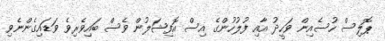
ޕޮލިސް ހުސެއިން ވަހީދު އާއި ފުލުހުންގެ އިސް އޮފިޝަލުން ވެސް ބައިވެރިވެ ވަޑައިގެންނެވި